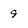
Character: 9